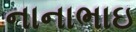
નાનાભાઇ